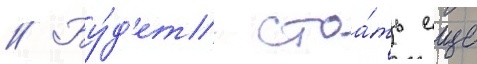
// Бу́д'ет стоа́ть еще